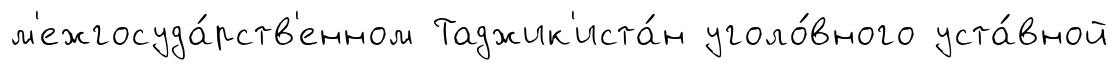
м'ежгосуда́рств'енном Таджик'иста́н уголо́вного уста́вной